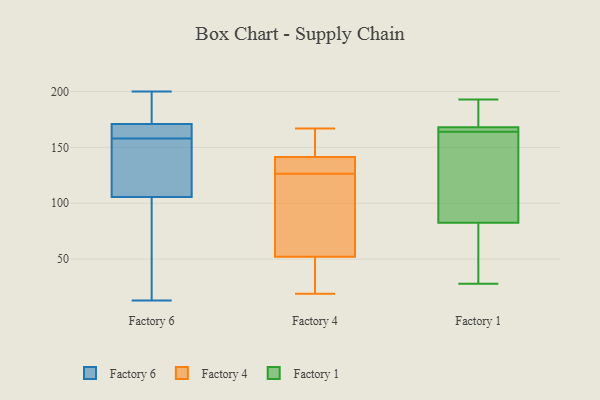
{"axis": {"x": "Temperature (°C)", "y": "Value"}, "legend": ["Factory 1", "Factory 4", "Factory 6"], "data": [{"x": "", "y": 168, "type": "Factory 6"}, {"x": "", "y": 140, "type": "Factory 6"}, {"x": "", "y": 26, "type": "Factory 6"}, {"x": "", "y": 96, "type": "Factory 6"}, {"x": "", "y": 134, "type": "Factory 6"}, {"x": "", "y": 158, "type": "Factory 6"}, {"x": "", "y": 172, "type": "Factory 6"}, {"x": "", "y": 200, "type": "Factory 6"}, {"x": "", "y": 160, "type": "Factory 6"}, {"x": "", "y": 13, "type": "Factory 6"}, {"x": "", "y": 174, "type": "Factory 6"}, {"x": "", "y": 167, "type": "Factory 4"}, {"x": "", "y": 68, "type": "Factory 4"}, {"x": "", "y": 28, "type": "Factory 4"}, {"x": "", "y": 56, "type": "Factory 4"}, {"x": "", "y": 151, "type": "Factory 4"}, {"x": "", "y": 144, "type": "Factory 4"}, {"x": "", "y": 19, "type": "Factory 4"}, {"x": "", "y": 121, "type": "Factory 4"}, {"x": "", "y": 132, "type": "Factory 4"}, {"x": "", "y": 139, "type": "Factory 4"}, {"x": "", "y": 138, "type": "Factory 4"}, {"x": "", "y": 48, "type": "Factory 4"}, {"x": "", "y": 193, "type": "Factory 1"}, {"x": "", "y": 185, "type": "Factory 1"}, {"x": "", "y": 71, "type": "Factory 1"}, {"x": "", "y": 164, "type": "Factory 1"}, {"x": "", "y": 117, "type": "Factory 1"}, {"x": "", "y": 165, "type": "Factory 1"}, {"x": "", "y": 28, "type": "Factory 1"}, {"x": "", "y": 38, "type": "Factory 1"}, {"x": "", "y": 169, "type": "Factory 1"}, {"x": "", "y": 127, "type": "Factory 1"}, {"x": "", "y": 164, "type": "Factory 1"}]}